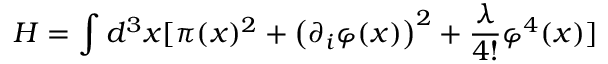
H = \int d ^ { 3 } x [ \pi ( x ) ^ { 2 } + \left( \partial _ { i } \varphi ( x ) \right) ^ { 2 } + { \frac { \lambda } { 4 ! } } \varphi ^ { 4 } ( x ) ]